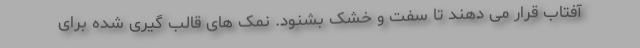
آفتاب قرار می دهند تا سفت و خشک بشنود. نمک های قالب گیری شده برای